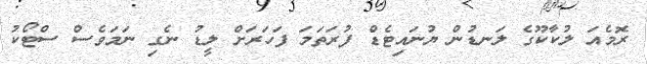
ރޮމެއަ ލުކާކޫގެ ލަނޑުން ޔުނައިޓެޑް ފުރަތަމަ ފަހަރަށް ލީޑު ނެގި ނަމަވެސް ސްޓޯކު